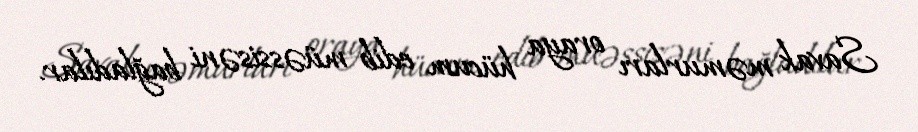
Savak məmurları oraya hücum edib müəssisəni bağladılar.